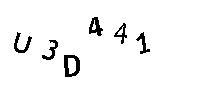
U3D441